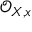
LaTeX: { \mathcal { O } } _ { X , x }